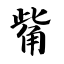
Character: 觜